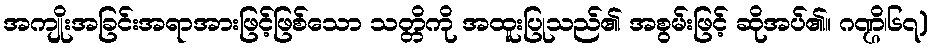
အကျိုးအခြင်းအရာအားဖြင့်ဖြစ်သော သတ္တိကို အထူးပြုသည်၏ အစွမ်းဖြင့် ဆိုအပ်၏။ ဂဏ္ဌိ၊၆၇)